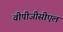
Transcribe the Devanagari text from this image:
वीपीजीसीएल